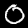
Digit: 0